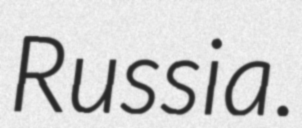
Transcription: Russia.